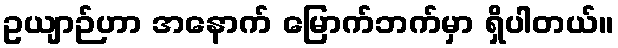
ဥယျာဉ်ဟာ အနောက် မြောက်ဘက်မှာ ရှိပါတယ်။